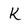
Character: K